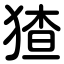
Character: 猹